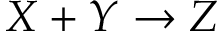
X + Y \rightarrow Z